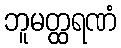
ဘူမတ္ထရဏံ